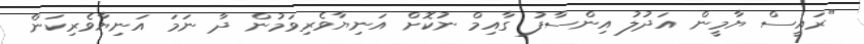
"ރައީސް ޔާމީން އަދުލު އިންސާފު ގާއިމް ނުކޮށް އަނިޔާވެރިވަމުން ދާ ނަމަ އަނިޔާވެރިކަން